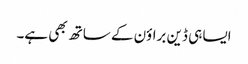
ایسا ہی ڈین براؤن کے ساتھ بھی ہے۔